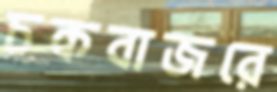
চকবাজরে